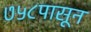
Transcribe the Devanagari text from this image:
७५८पासून